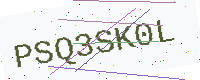
Text: PSQ3SK0L